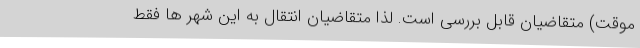
موقت) متقاضیان قابل بررسی است. لذا متقاضیان انتقال به این شهر ها فقط